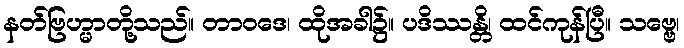
နတ်ဗြဟ္မာတို့သည်။ တာဝဒေ၊ ထိုအခါ၌။ ပဒိဿန္တိ၊ ထင်ကုန်ပြီ။ သဗ္ဗေ၊